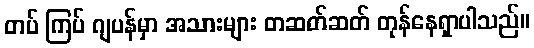
တပ် ကြပ် ဂျပန်မှာ အသားများ တဆတ်ဆတ် တုန်နေရှာပါသည်။